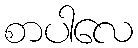
စာပါလေ